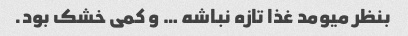
بنظر میومد غذا تازه نباشه … و کمی خشک بود.